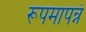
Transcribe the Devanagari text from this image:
रूपमापन्नं